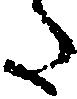
た